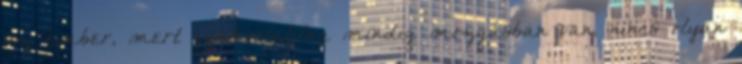
az ember, mert gyakorlatilag mindig mozgásban van, nincs olyan